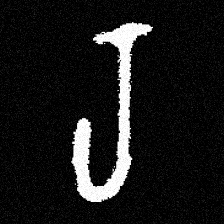
Pyu character \u2014 Myanmar letter: ရ (romanized: ra)